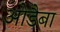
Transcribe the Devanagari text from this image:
ओडैबा